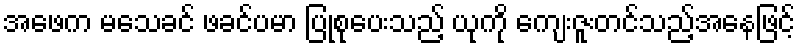
အဖေက မသေခင် ဖခင်ပမာ ပြုစုပေးသည့် ယုကို ကျေးဇူးတင်သည့်အနေဖြင့်